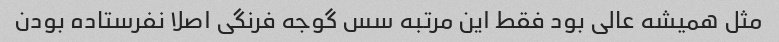
مثل همیشه عالی بود فقط این مرتبه سس گوجه فرنگی اصلا نفرستاده بودن